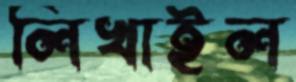
লিখাইল